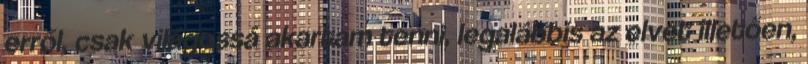
erről, csak világossá akartam tenni, legalábbis az elvet illetően,